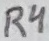
Text: R4